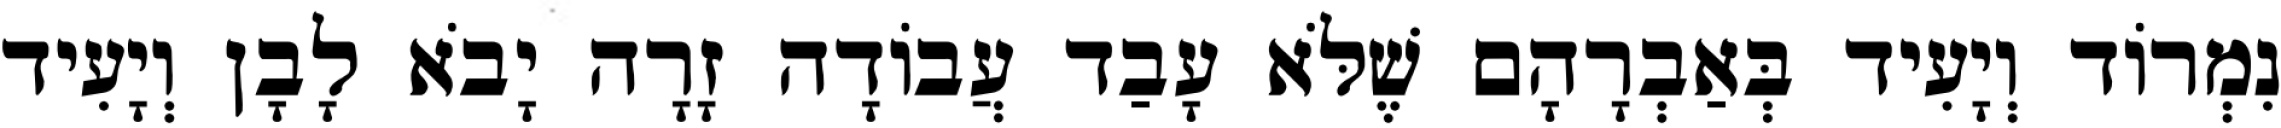
נִמְרוֹד וְיָעִיד בְּאַבְרָהָם שֶׁלֹּא עָבַד עֲבוֹדָה זָרָה יָבֹא לָבָן וְיָעִיד